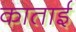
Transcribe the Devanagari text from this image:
काताई